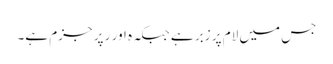
جس میں لام پر زبر ہے جبکہ ہ اور ر پر جزم ہے۔